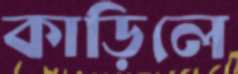
কাড়িলে